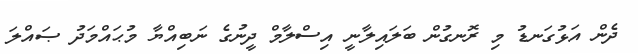
ދެން އަޅުގަނޑު މި ރޮނގުން ބަލައިލާނީ އިސްލާމް ދީނުގެ ނަބިއްޔާ މުޙައްމަދު ޞައްލަ